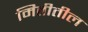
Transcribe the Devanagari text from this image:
मितीतील